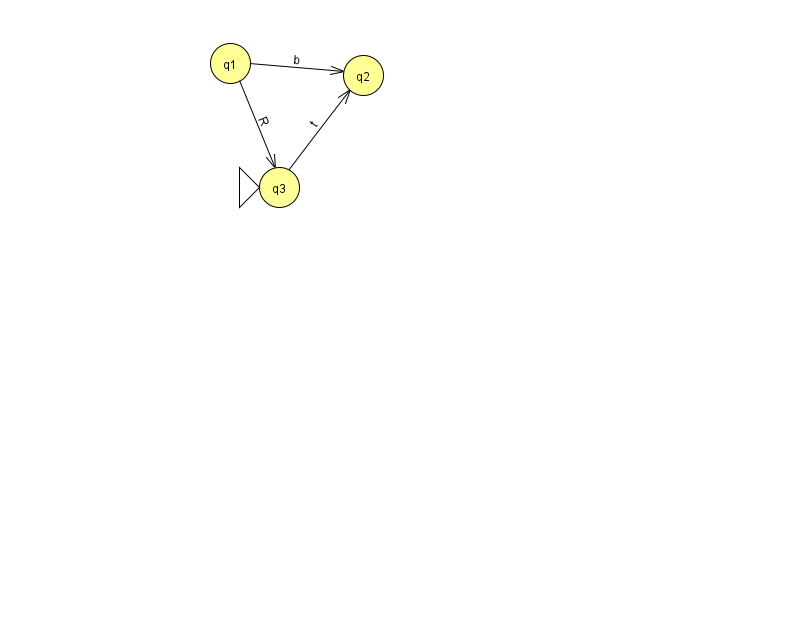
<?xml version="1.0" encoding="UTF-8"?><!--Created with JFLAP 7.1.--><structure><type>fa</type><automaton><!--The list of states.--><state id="1" name="q1"><x>230.0</x><y>50.0</y></state><state id="2" name="q2"><x>363.0</x><y>62.0</y></state><state id="3" name="q3"><x>279.0</x><y>174.0</y><initial/></state><!--The list of transitions.--><transition><from>1</from><to>3</to><read>R</read></transition><transition><from>3</from><to>2</to><read>t</read></transition><transition><from>1</from><to>2</to><read>b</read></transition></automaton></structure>